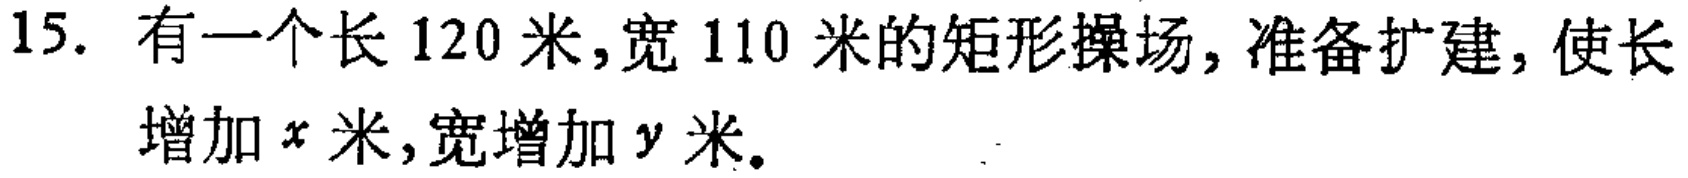
15. 有一个长 120 米,宽 110 米的矩形操场, 准备扩建, 使长增加\(x\)米,宽增加\(y\)米。